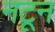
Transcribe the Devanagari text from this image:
नटून